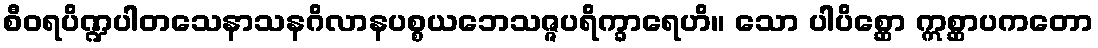
စီဝရပိဏ္ဍပါတသေနာသနဂိလာနပစ္စယဘေသဇ္ဇပရိက္ခာရေဟိ။ သော ပါပိစ္ဆော ဣစ္ဆာပကတော